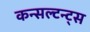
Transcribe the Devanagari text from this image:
कन्सल्टन्ट्स